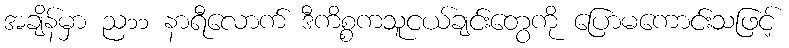
အချိန်မှာ ည၁၁ နာရီလောက် ဒီကိစ္စကသူငယ်ချင်းတွေကို ပြောမကောင်းသဖြင့်